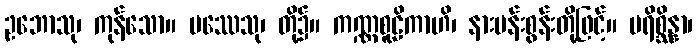
ဥဘောသု၊ ကုန်သော။ ပဿေသု၊ တို့၌။ ကဏ္ဏစူဠိကာဟိ၊ နားပန်းစွန်းတို့ဖြင့်။ ပရိစ္ဆိန္နာ၊